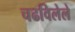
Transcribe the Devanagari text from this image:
चढविलेले